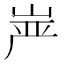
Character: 𰎠